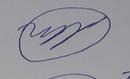
Signature authenticity: forged